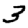
Digit: 3